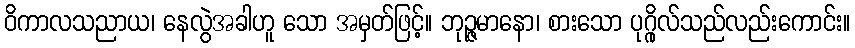
ဝိကာလသညာယ၊ နေလွဲအခါဟူ သော အမှတ်ဖြင့်။ ဘုဉ္ဇမာနော၊ စားသော ပုဂ္ဂိုလ်သည်လည်းကောင်း။